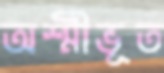
অশ্মীভূত